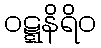
ဝဋ္ဋနိရိဝ